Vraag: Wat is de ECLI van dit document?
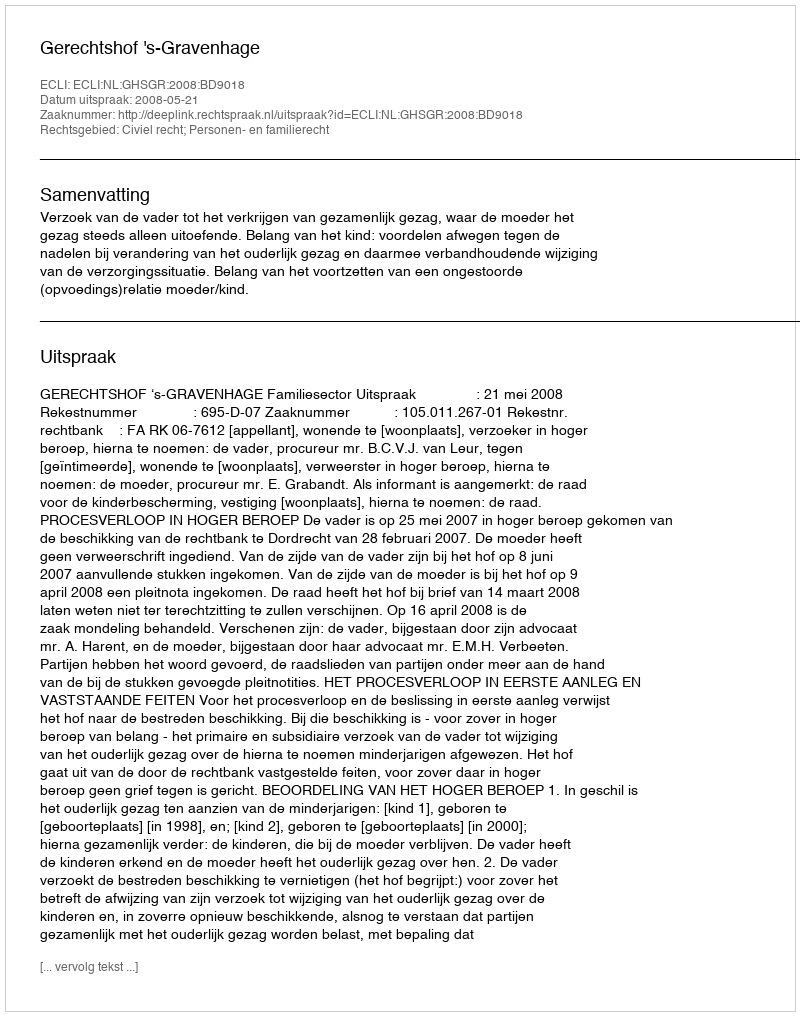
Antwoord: ECLI:NL:GHSGR:2008:BD9018